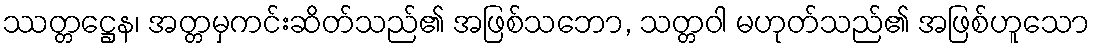
ဿတ္တဋ္ဌေန၊ အတ္တမှကင်းဆိတ်သည်၏ အဖြစ်သဘော, သတ္တဝါ မဟုတ်သည်၏ အဖြစ်ဟူသော